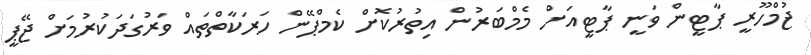
ޖުމްހޫރީ ޕާޓީން ވަނީ ޕާޓީއަށް މެމްބަރުން އިތުރުކޮށް ކެމްޕޭން ހަރަކާތްތައް ވަރުގަދަކުރުމަށް ޖޭޕީ